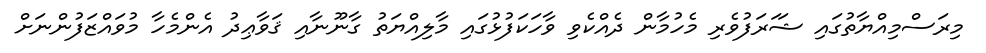
މިރަސްމިއްޔާތުގައި ޝަަރަފުވެރި މެހުމާން ދެއްކެވި ވާހަކަފުޅުގައި މާލިއްޔަތު ގާނޫނާއި ޤަވާޢިދު އެންމެހާ މުވައްޒަފުންނަށް